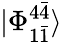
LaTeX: |\Phi_{1\bar{1}}^{4\bar{4}}\rangle